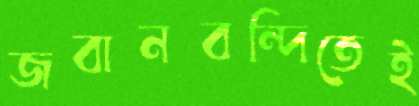
জবানবন্দিতেই